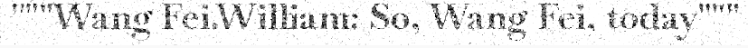
"""Wang Fei.William: So, Wang Fei, today"""